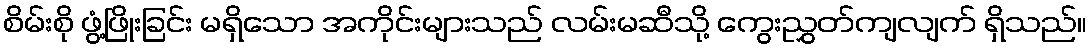
စိမ်းစို ဖွံ့ဖြိုးခြင်း မရှိသော အကိုင်းများသည် လမ်းမဆီသို့ ကွေးညွှတ်ကျလျက် ရှိသည်။